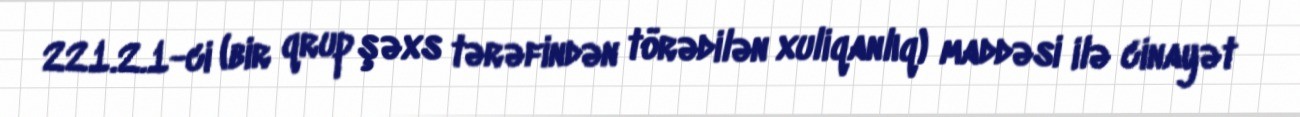
221.2.1-ci (bir qrup şəxs tərəfindən törədilən xuliqanlıq) maddəsi ilə cinayət